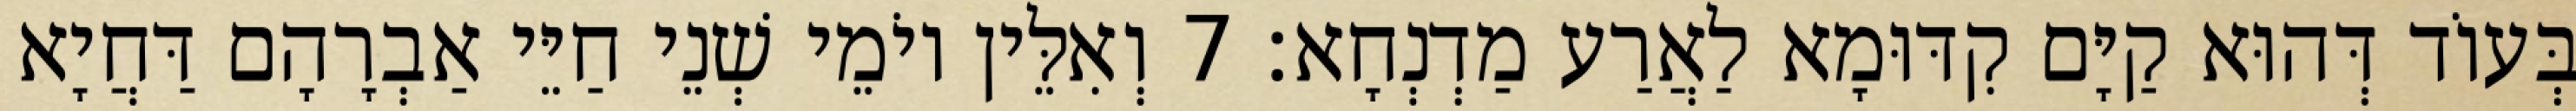
בְּעוֹד דְּהוּא קַיָּם קִדּוּמָא לַאֲרַע מַדְנְחָא׃ 7 וְאִלֵּין יוֹמֵי שְׁנֵי חַיֵּי אַבְרָהָם דַּחֲיָא